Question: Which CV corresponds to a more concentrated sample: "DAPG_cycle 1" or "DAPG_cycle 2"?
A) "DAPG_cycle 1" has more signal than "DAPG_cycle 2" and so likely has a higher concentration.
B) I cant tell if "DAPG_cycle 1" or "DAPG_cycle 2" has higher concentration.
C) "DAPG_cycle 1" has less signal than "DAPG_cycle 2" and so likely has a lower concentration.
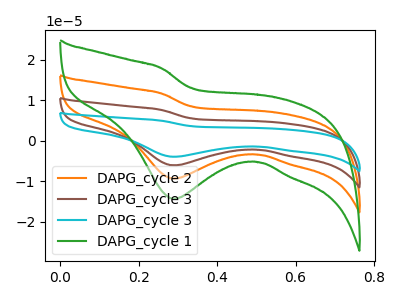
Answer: <think>The orange curve "DAPG_cycle 2" has a cathodic peak at: (0.30V, -9.35uA). The brown curve "DAPG_cycle 3" has a cathodic peak at: (0.30V, -18.70uA). The cyan curve "DAPG_cycle 3" has a cathodic peak at: (0.30V, -28.05uA). The green curve "DAPG_cycle 1" has a cathodic peak at: (0.30V, -14.35uA).
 All the peaks in "DAPG_cycle 1" have a peak in "DAPG_cycle 2" at the same potential. Every peak in "DAPG_cycle 1" is higher than every peak in "DAPG_cycle 2".</think>
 <answer>A) "DAPG_cycle 1" has more signal than "DAPG_cycle 2" and so likely has a higher concentration.</answer>
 <eval>A</eval>